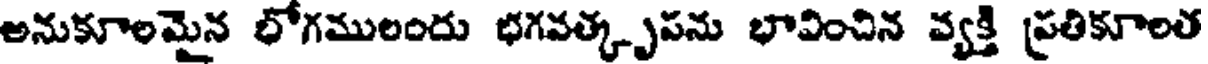
అనుకూలమైన భోగములందు భగవత్కృపను భావించిన వ్యక్తి ప్రతికూలత